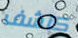
كاشف